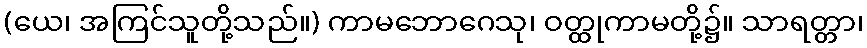
(ယေ၊ အကြင်သူတို့သည်။) ကာမဘောဂေသု၊ ဝတ္ထုကာမတို့၌။ သာရတ္တာ၊